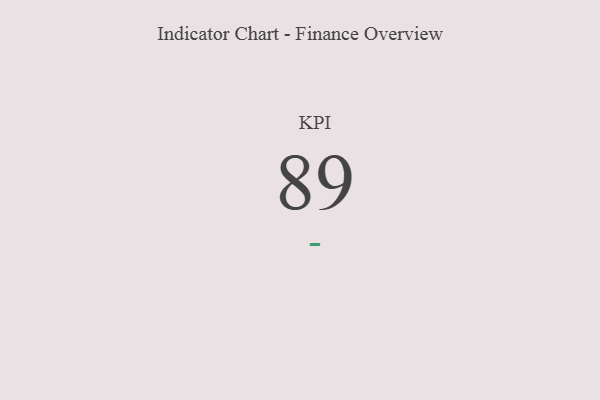
{"axis": {"x": "KPI", "y": "Value"}, "legend": [""], "data": [{"x": "KPI", "y": 89, "type": ""}]}